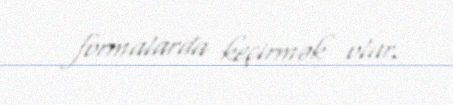
formalarda keçirmək olar.